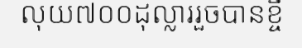
លុយ៧០០ដុល្លាររួចបានខ្ចី